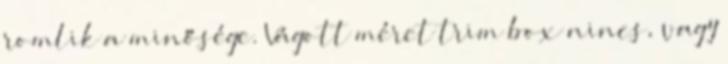
romlik a minősége. Vágott méret trim box nincs, vagy